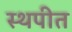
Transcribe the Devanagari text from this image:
स्थपीत